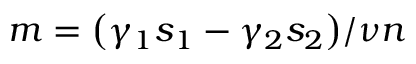
m = { { \left( \gamma _ { 1 } s _ { 1 } - \gamma _ { 2 } s _ { 2 } \right) } / { \nu n } }